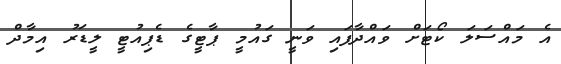
އެ މައްސަލަ ކޯޓަށް ވައްދާފައި ވަނީ ގައުމީ ޕާޓީގެ ޑެޕިއުޓީ ލީޑަރު އިމާދް